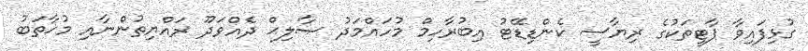
ގުޅިފައިވާ ޕާޓީތަކުގެ ރިޔާސީ ކެންޑިޑޭޓު އިބުރާހިމް މުހައްމަދު ޞާލިޙް ދެއްވަދޫ ރައްޔިތުންނާއި މުޚާތަބު